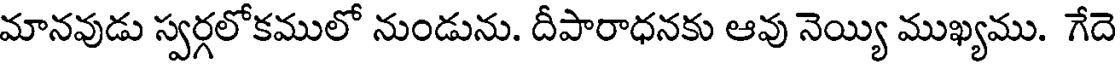
మానవుడు స్వర్గలోకములో నుండును. దీపారాధనకు ఆవు నెయ్యి ముఖ్యము. గేదె